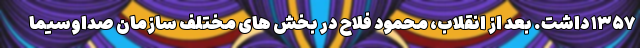
۱۳۵۷ داشت. بعد از انقلاب، محمود فلاح در بخش های مختلف سازمان صداوسیما